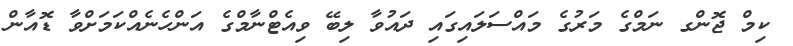
ކިމް ޖޮންގ ނަމްގެ މަރުގެ މައްސަލައިގައި ދައުވާ ލިބޭ ވިއެޓްނާމްގެ އަންހެނެއްކަމަށްވާ ޑޮއާން